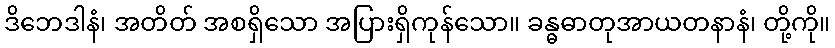
ဒိဘေဒါနံ၊ အတိတ် အစရှိသော အပြားရှိကုန်သော။ ခန္ဓဓာတုအာယတနာနံ၊ တို့ကို။